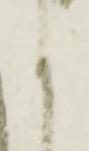
く